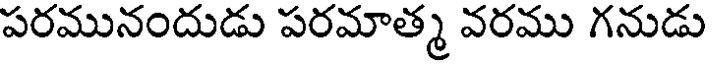
పరమునందుడు పరమాత్మ వరము గనుడు